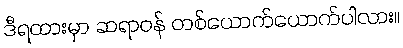
ဒီရထားမှာ ဆရာဝန် တစ်ယောက်ယောက်ပါလား။